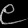
Digit: ၉